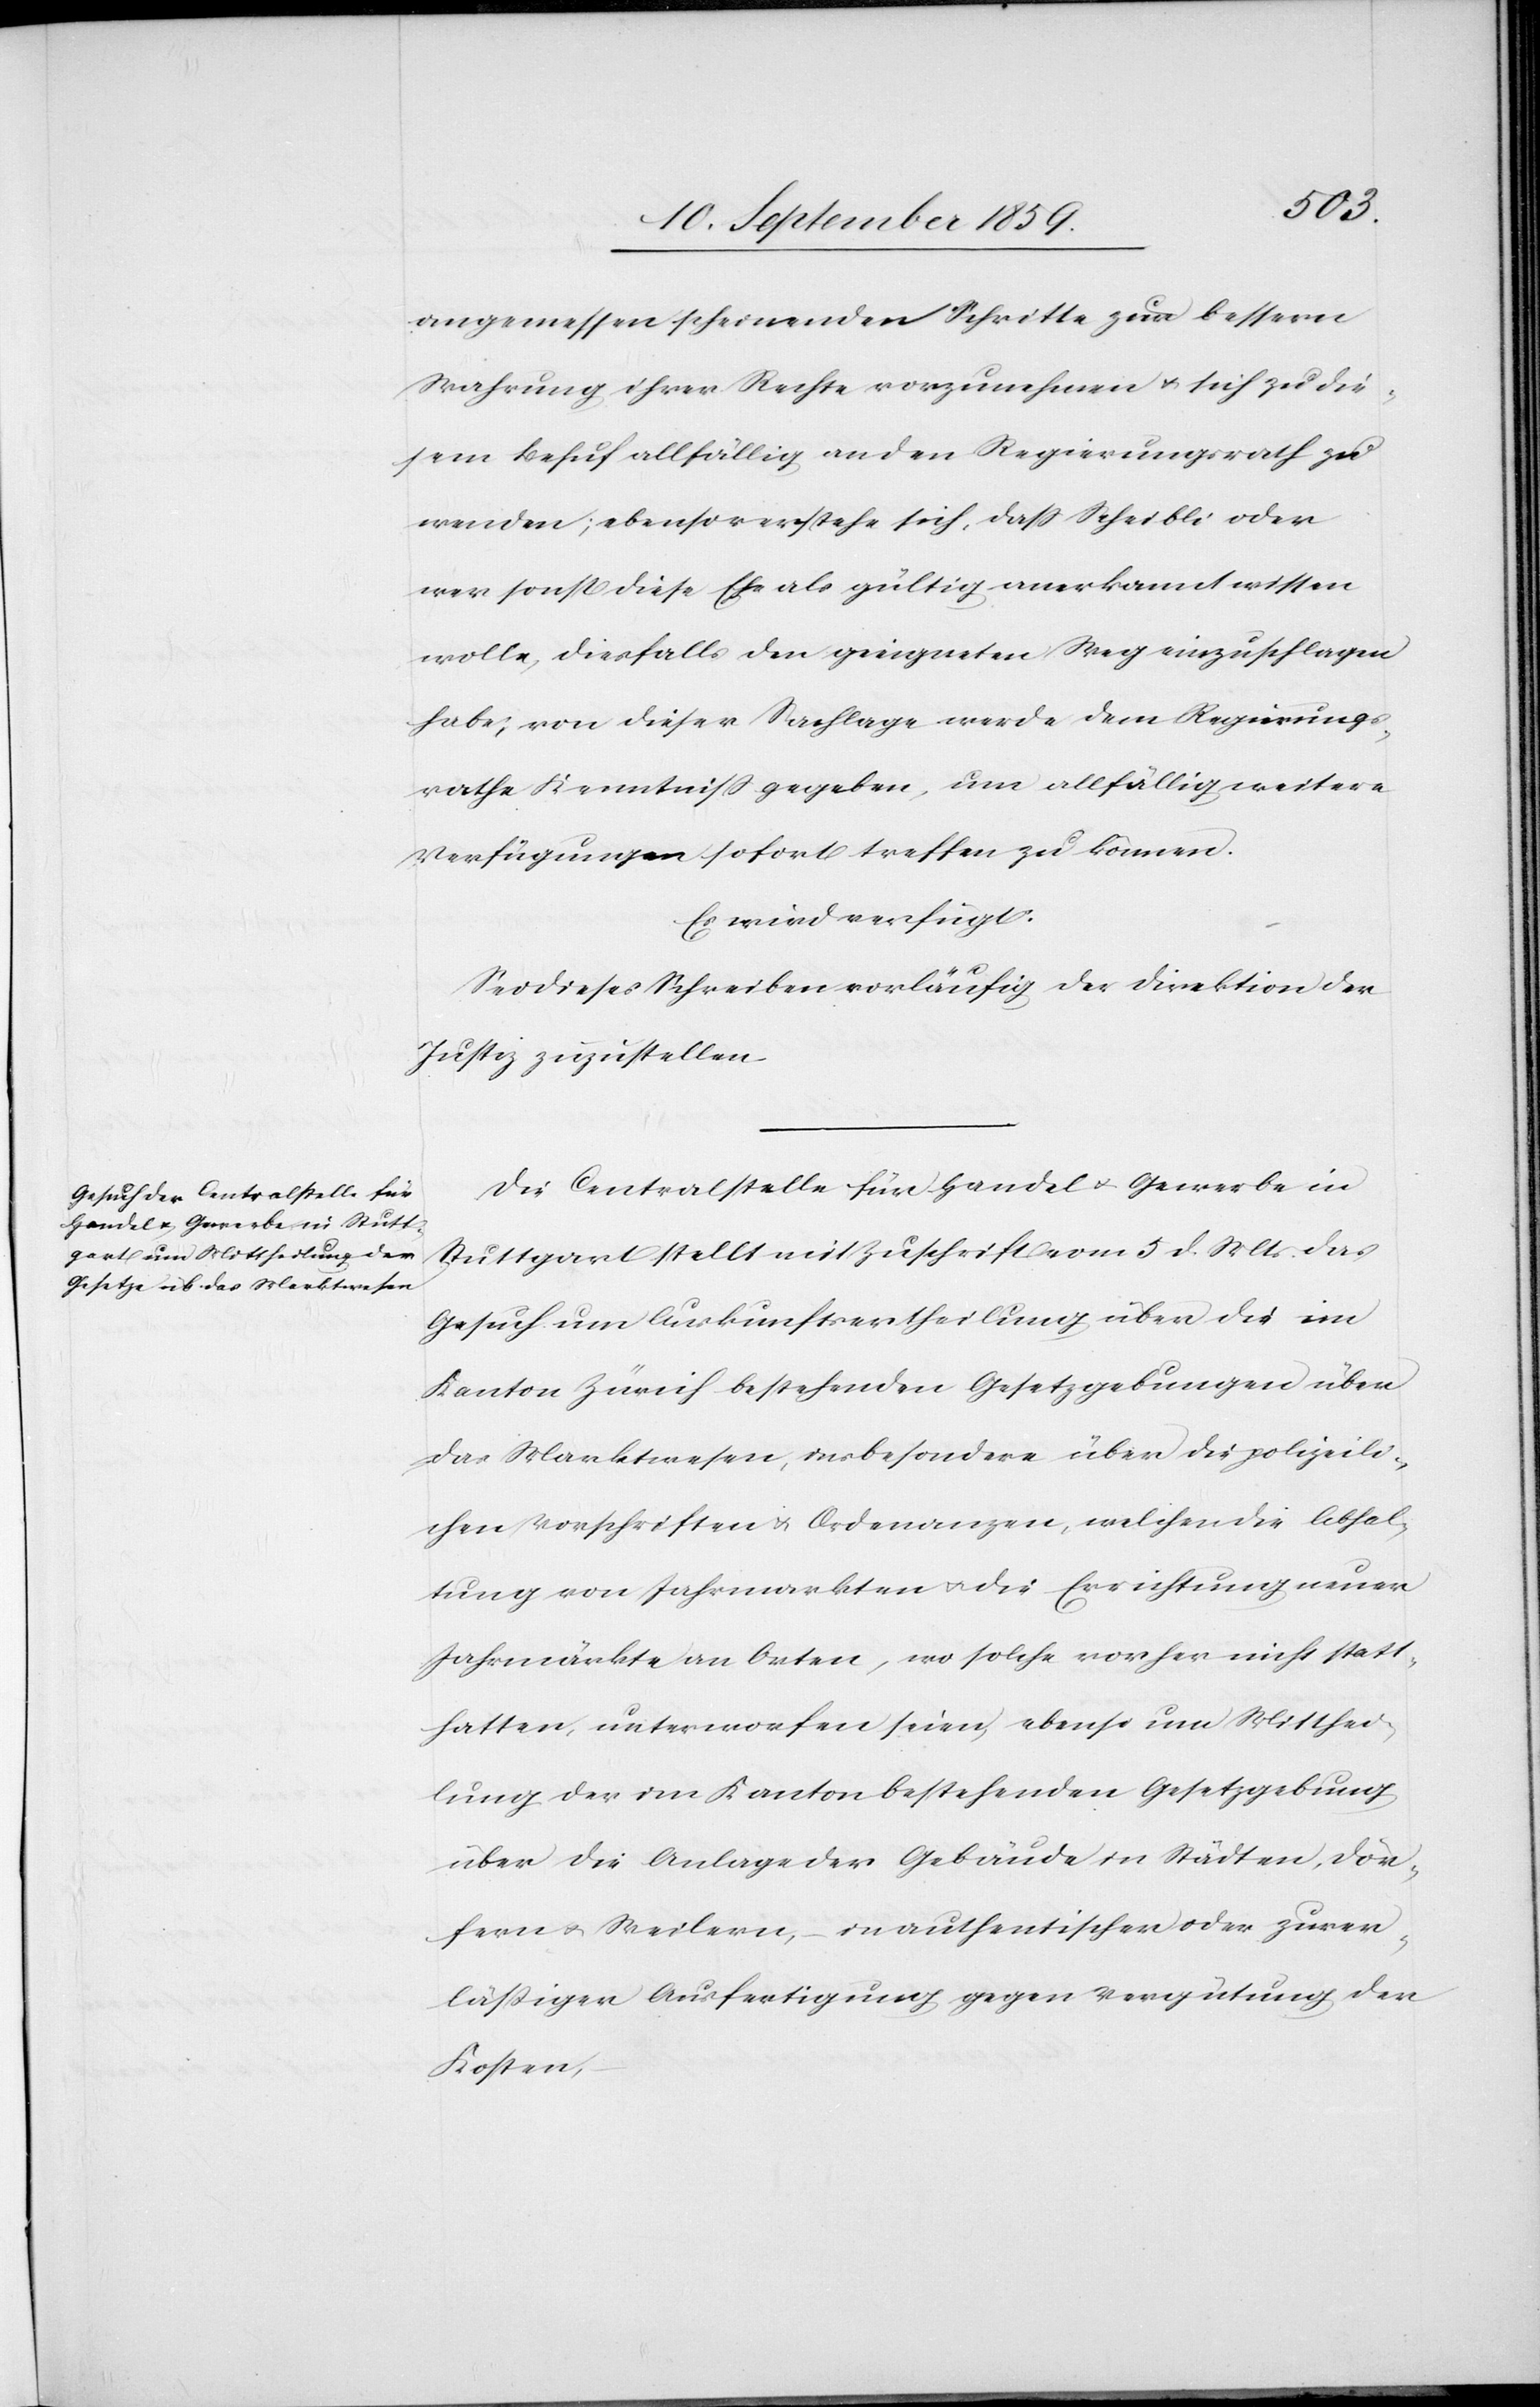
angemessen scheinenden Schritte zur bessern
Wahrung ihrer Rechte vorzunehmen & sich zu die¬
sem Behuf allfällig an den Regierungsrath zu
wenden; ebenso verstehe sich, daß Scheibli oder
wer sonst diese Ehe als gültig anerkennt wissen
wolle, diesfalls den geeigneten Weg einzuschlagen
habe; von dieser Sachlage werde dem Regierungs¬
rathe Kenntniß gegeben, um allfällig weitere
Verfügungen sofort treffen zu können.
Es wird verfügt:
Sei dieses Schreiben vorläufig der Direktion der
Justiz zuzustellen.
Die Centralstelle für Handel & Gewerbe in
Stuttgart stellt mit Zuschrift vom 5. d. Mts. das
Gesuch um Auskunftsertheilung über die im
Kanton Zürich bestehende Gesetzgebungen über
das Marktwesen, insbesondere über die polizeili¬
chen Vorschriften & Ordenanzen [sic!], welchen die Abhal¬
tung von Jahrmarkten & die Errichtung neuer
Jahrmärkte an Orten, wo solche vorher nicht statt¬
hatten, unterworfen seien, ebenso um Mitthei¬
lung der im Kanton bestehenden Gesetzgebung
über die Anlage der Gebäude in Städten, Dör¬
fern & Weilern, in authentischer oder zuver¬
läßiger Ausfertigung gegen Vergütung der
Kosten,